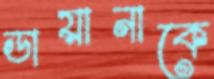
ডায়ানাকে